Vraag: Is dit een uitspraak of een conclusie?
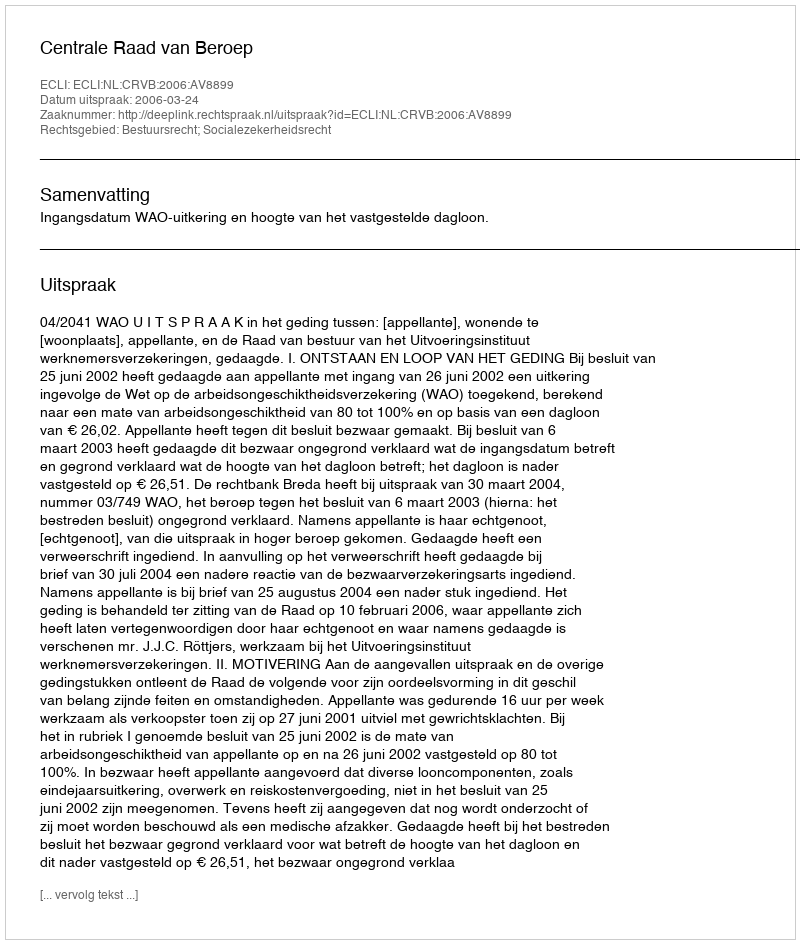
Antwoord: Uitspraak